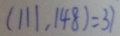
( 1 1 1 , 1 4 8 ) = 3 7